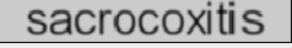
sacrocoxitis